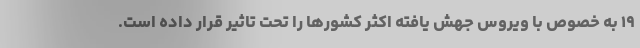
۱۹ به خصوص با ویروس جهش یافته اکثر کشورها را تحت تاثیر قرار داده است.